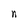
Character: n